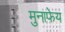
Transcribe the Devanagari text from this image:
मुनाफेय